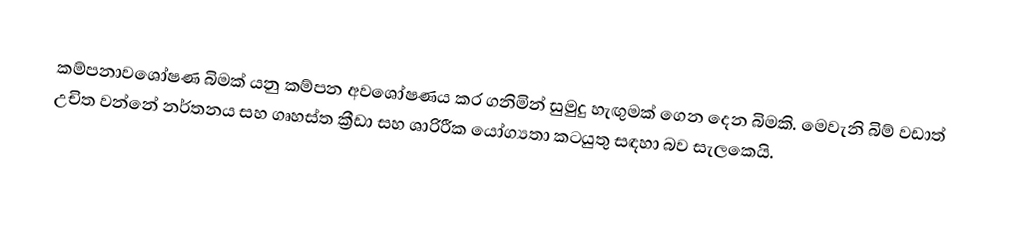
කම්පනාවශෝෂණ බිමක් යනු කම්පන අවශෝෂණය කර ගනිමින් සුමුදු හැඟුමක් ගෙන දෙන බිමකි. මෙවැනි බිම් වඩාත් උචිත වන්නේ නර්තනය සහ ගෘහස්ත ක්‍රීඩා සහ  ශාරිරීක යෝග්‍යතා කටයුතු සඳහා බව සැලකෙයි.